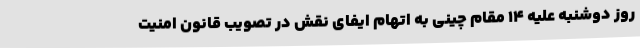
روز دوشنبه علیه 14 مقام چینی به اتهام ایفای نقش در تصویب قانون امنیت